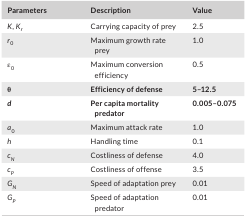
<table><thead><tr><td><b>Parameters</b></td><td><b>Description</b></td><td><b>Value</b></td></tr></thead><tbody><tr><td><i>K</i>,<i> K</i><sub><i>r</i></sub></td><td>Carrying capacity of prey</td><td>2.5 </td></tr><tr><td><i>r</i><sub>0</sub></td><td>Maximum growth rate prey</td><td>1.0</td></tr><tr><td>ε<sub>0</sub></td><td>Maximum conversion efficiency </td><td>0.5</td></tr><tr><td><b>θ</b></td><td><b>Efficiency of defense</b></td><td><b>5–12.5</b></td></tr><tr><td><i><b>d</b></i></td><td><b>Per capita mortality predator</b></td><td><b>0.005–0.075</b></td></tr><tr><td><i>a</i><sub>0</sub></td><td>Maximum attack rate</td><td>1.0</td></tr><tr><td><i>h</i></td><td>Handling time</td><td>0.1</td></tr><tr><td><i>c</i><sub><i>N</i></sub></td><td>Costliness of defense</td><td>4.0</td></tr><tr><td><i>c</i><sub><i>P</i></sub></td><td>Costliness of offense</td><td>3.5</td></tr><tr><td><i>G</i><sub><i>N</i></sub></td><td>Speed of adaptation prey</td><td>0.01</td></tr><tr><td><i>G</i><sub><i>P</i></sub></td><td>Speed of adaptation predator</td><td>0.01</td></tr></tbody></table>